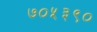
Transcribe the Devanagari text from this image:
७०५३९०